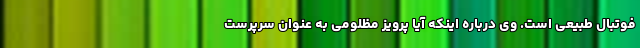
فوتبال طبیعی است. وی درباره اینکه آیا پرویز مظلومی به عنوان سرپرست